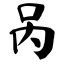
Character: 呙